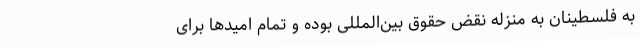
به فلسطینان به منزله نقض حقوق بین‌المللی بوده و تمام امیدها برای